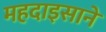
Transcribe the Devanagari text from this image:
महदाइसाने